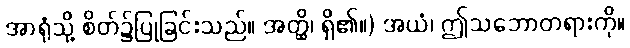
အာရုံသို့ စိတ်၌ပြုခြင်းသည်။ အတ္ထိ၊ ရှိ၏။) အယံ၊ ဤသဘောတရားကို။